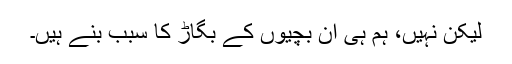
لیکن نہیں، ہم ہی ان بچیوں کے بگاڑ کا سبب بنے ہیں۔